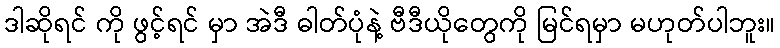
ဒါဆိုရင် ကို ဖွင့်ရင် မှာ အဲဒီ ဓါတ်ပုံနဲ့ ဗီဒီယိုတွေကို မြင်ရမှာ မဟုတ်ပါဘူး။